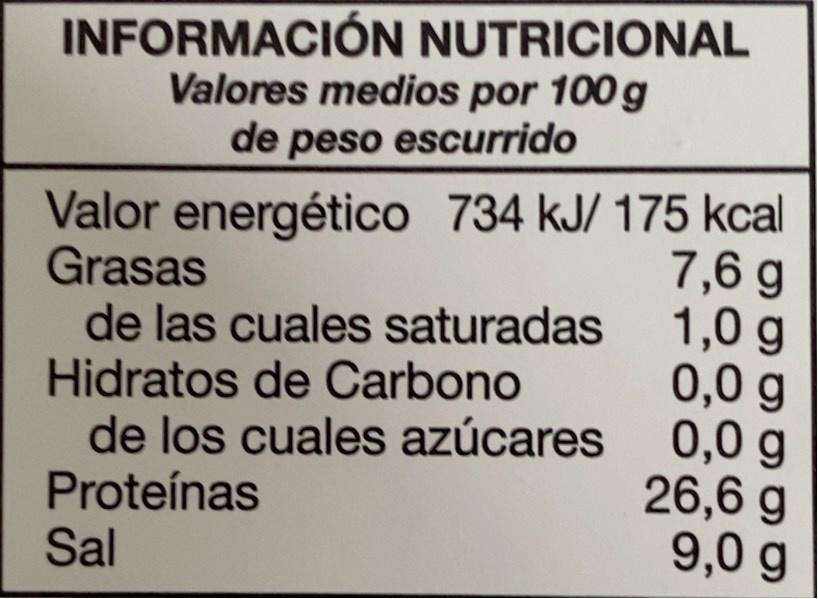
INFORMACIÓN NUTRICIONAL Valores medios por 100 g de peso escurrido
Valor energético 734 kJ/ 175 kcal Grasas de las cuales saturadas Hidratos de Carbono de los cuales azúcares 0,0 g Proteínas Sal
7,6 g 1,0 g 0,0 g
26,6 g 9,0 g